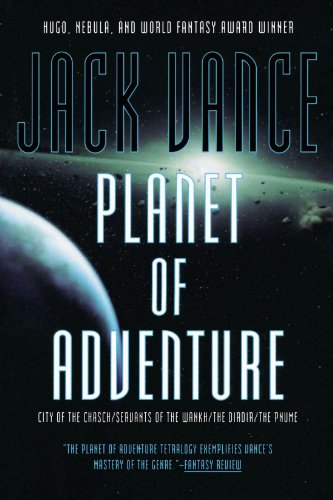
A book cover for Planet of Adventure; Jack Vance; Science Fiction & Fantasy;